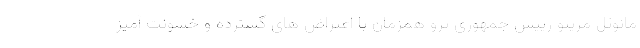
مانوئل مرینو رییس جمهوری پرو همزمان با اعتراض های گسترده و خشونت آمیز